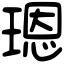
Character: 𤨒